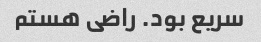
سریع بود. راضی هستم